Vital statistics of India. Vol. IV, Annual returns from 1871 to 1876. British Army of India, Native Army and jails of Bengal
Year: 1871
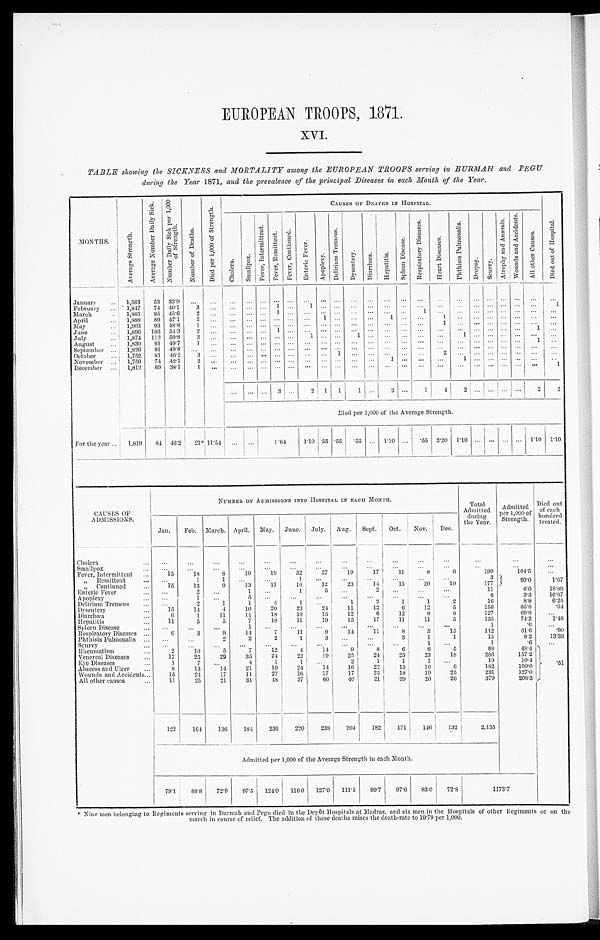
EUROPEAN TROOPS, 1871.
XVI.
TABLE showing the SICKNESS and MORTALITY among the EUROPEAN TROOPS serving in BURMAH and PEGU
during the Year 1871, and the prevalence of the principal Diseases in each Month of the Year.
MONTHS.
A v e r a g e S t r e n g t h .
A v e r a g e N u m b e r D a i l y S i c k .
N u m b e r D a i l y S i c k p e r 1 , 0 0 0
o f s t r e n g t h .
N u m b e r o f D e a t h s .
D i e d p e r 1 , 0 0 0 o f S t r e n g t h .
C A U S E S O F D E A T H S I N H O S P I T A L .
D i e d o u t o f H o s p i t a l .
C h o l e r a . S m a l l p o x .
F e v e r , I n t e r m i t t e n t . F e v e r , R e m i t t e n t . F e v e r , C o n t i n u e d .
E n t e r i c F e v e r .
A p o p l e x y .
D e l i r i u m T r e m e n s .
D y s e n t e r y . Di a r r h œa .
H e p a t i t i s .
S p l e e n D i s e a s e .
R e s p i r a t o r y D i s e a s e s .
H e a r t D i s e a s e s .
P h t h i s i s P u l m o n a l i s .
D r o p s y .
Sc u r v y .
A t r o p h y a n d A n æ m i a .
W o u n d s a n d A c c i d e n t s .
A l l o t h e r C a u s e s .
January ... 1,563 53 33.9 ... ... ...
. . . . . . . . . ... ... ... ...
...
... ... ... ...
. . .
...
. . .
... . . .
... ...
. . .
February ...
1,847 74 40.1
3
. . . . . . . . . ... 1
. . . 1 ...
. . . ... ... ... ... ... ... ...
. . .
. . . ... ... 1
March ...
1,865 85 45.6 2
. . . ... ...
. . . 1
. . . ... ... ... ... ... ...
. . . 1
. . . ...
. . .
...
. . . ... ... ...
April ...
1,888 89 47.1
3
. . . . . .
. . . ... . . .
. . . ... 1
. . . ... ...
1 . . . ...
1
. . .
. . . ... ... ... ... ...
May ...
1,903 93 48.8
1
. . . . . . . . . . . . . . . . . . ... ...
. . . ... ...
. . . . . . ...
1
. . .
. . . ... . . . ... . . .
. . .
June ...
1,896 103 54.3
2
. . . . . . ... ... 1 ... ... ... ... ... ... ... ... ...
. . . ... ... ... ... ... 1
...
July ...
1,874 112 59.8
3
. . . . . . . . . . . . ... . . .
1 ...
. . . 1 ... ... ... ...
. . .
1
. . .
...
. . . ... ...
...
August ...
1,830 91 49.7 1
. . . . . . . . . . . . . . . . . .
... ... ... ... ... ... ... ... ... ... ... ...
. . . ...
1
. . .
September ... 1,826 91 49.8 . . . ... ... ... . . . . . . . . . . . . ... . . . ... ... ... ... ... ... ... ... ... ... ... ...
...
October ...
1,752 81 46.2 3 ...
. . . . . . ... . . . . . . ... ...
1 ... ... ... ...
2 ...
. . .
...
. . . ... ... ...
November ... 1,759 74 42.1 2
. . . ... ... ... ... ... ... ... ... ... ... 1
. . . ...
. . . 1
. . .
...
. . . ... ... ...
December ... 1,812 69 38.1 1
. . . . . . . . . . . . . . . ... ... ...
. . . ... ... . . .
. . . . . . . . .
... ... ... . . . ... . . . 1
. . . . . . . . .
3 . . . 2 1 1 1 ... 2 ...
1
4 2
. . .
... ... ...
2
2
Died per 1,000 of the Average Strength.
For the year ... 1,819 84 46.2 21* 11.54
. . . ...
1 64
1.10 .55 .55
. 55 ... 1.10
. . .
.55 2.20 1.10 ... ... ... ... 1.10 1.10
CAUSES OF
ADMISSIONS.
NUMBER OF ADMISSIONS INTO HOSPITAL IN EACH MONTH.
Total
Admitted
during
the Year.
Admitted
per 1,000 of
S t r e n g t h .
Died out
of each
hundred
treated.
Jan. Feb. March. April. May. June. July. Aug. Sept. Oct. Nov. Dec.
Cholera
. . .
...
...
...
...
...
. . . ...
...
...
...
...
. . .
. . .
. . .
Smallpox
. . .
...
. . . ...
...
. . . ...
. . .
...
...
. . .
. . .
. . .
. . .
...
Fever, Intermittent ...
15
18
8
10
19
32
27
19
17
11
8
6
190
104.5
. . .
„ Remittent. ...
. . .
1
1 ...
. . .
1 ...
. . .
. . .
. . .
. . .
. . .
3 99. 0
1.67
„ Cont i nued . . .
1 5 13
9
13
17
16
12
23
14
15
20
10
177
Enteric Fever ...
...
2
. . .
1 ...
1
5
. . .
2
. . . ...
...
11
6.0 18.83
Apoplexy
...
. . .
1 ...
5 ...
...
...
...
...
...
...
. . .
6
3.3 16.67
Delirium Tremens ...
. . .
2
1
1
4
1 ...
1
2
1
1
2
16
8.8
6.25
Dysentery
...
15
14
4
10
20
23
24
11
12
6
12
5
156
85.8
.64
Diarrhœa ...
6
1
11
11
18
19
15
12
6
12
8
8
127
69.8 ...
Hepatitis
...
11
5
5
7
18
11
19
15
17
11
11
5
135
74.2
1.48
Spleen Disease ...
. . . . . .
...
1 ...
...
...
...
...
...
. . .
...
1
. 6 ...
Respiratory Diseases ...
6
3
9
14
7
11
9
14
11
8
5
15
112
61.6
.90
Phthisis Pulmonalis ...
. . .
. . .
2
2
2
1
3
. . . ...
3
1
1
15
8.2
13.33
Scurvy
...
. . .
. . . ...
. . .
...
...
. . . ...
...
...
1 ...
1
.6
...
Rheumatism
...
2
10
5
7
12
4
14
9
8
6
6
5
88
48.4 .51
Venereal Diseases
...
17
25
29
35
24
22
19
2 5 24
25
23
18
236
157.2
Eye Diseases
...
1
7
. . .
4
1
1
. . .
2
1
1
1 ...
19
10.4
Abscess and Ulcer
. . .
8
13
14
21
19
24
14
16
22
15
10
6
182
100.0
Wounds and Accidents...
15
24
17
11
27
16
17
17
25
18
19
25
231
127.0
All other causes
...
11
25
21
31
48
37
60
40
21
39
20
26
379
208.3
122
164
136
184 236
220
238 204
182 171
146
132
2,135
Admitted per 1,000 of the Average Strength in each Month.
78.1 88.8 7 2 . 9
97.5 124.0 116 0 127.0 1 1 1 . 5
99.7 97.6 83.0 72.8
1 1 7 3 . 7
* Nine men belonging to Regiments serving in Burmah and Pegu died in the Depôt Hospitals at Madras, and six men in the Hospitals of other Regiments or on the
march in course of relief. The addition of these deaths raises the death-rate to 19.79 per 1,000.